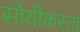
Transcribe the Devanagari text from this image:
सोयींकरता